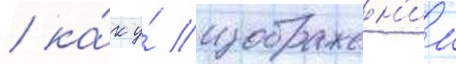
/ ка́к у́ изображен'ии